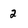
Character: 2